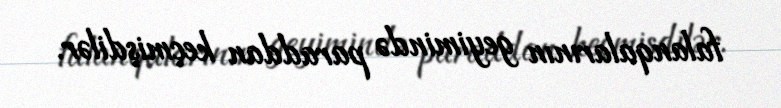
falanqalarının geyimində paraddan keçmişdilər.